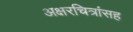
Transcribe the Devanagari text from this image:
अक्षरचित्रांसह